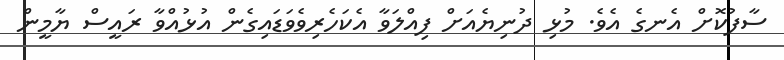
ސާފުކޮށް އެނގެ އެވެ. މުޅި ދުނިޔެއަށް ފިއްލަވާ އެކަހެރިވެވަޑައިގެން އުޅުއްވާ ރައީސް ޔާމީން